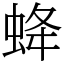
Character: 𧊵